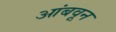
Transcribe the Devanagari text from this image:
आंबवून